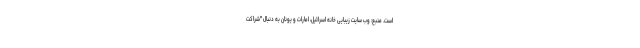
است. منبع: وب سایت زیبایی خانه اسرائیل، امارات و یونان به دنبال "شراکت